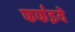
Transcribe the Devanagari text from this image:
फफ॑इये